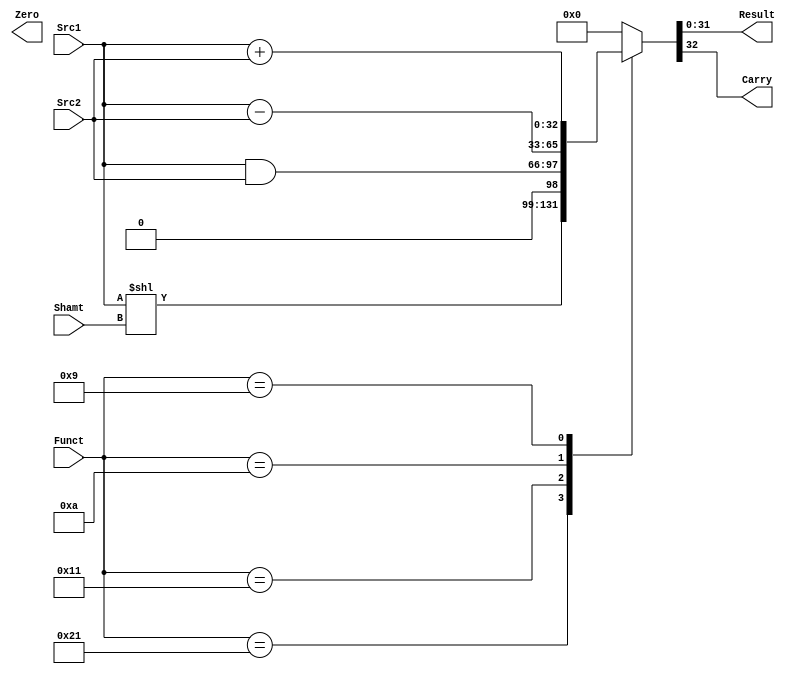
`define SLL     6'b100001
`define And     6'b010001
`define subu    6'b001010
`define addu    6'b001001
module ALU (

input [31:0] Src1,
input [31:0] Src2,
input [4:0] Shamt, 
input [5:0] Funct, 
output reg [31:0] Result, 
output Zero,
output reg Carry);
// operation  triggered by Inputs
always@(Src1 or Src2 or Shamt or Funct)
begin
    case (Funct)
        `SLL:   {Carry,Result} <= (Src1 << Shamt);
        `And:   {Carry,Result} <= (Src1 & Src2);
        `subu:  {Carry,Result} <= (Src1 - Src2);
        `addu:  {Carry,Result} <= (Src1 + Src2);
        default:{Carry,Result} <= 0;
    endcase

end


endmodule